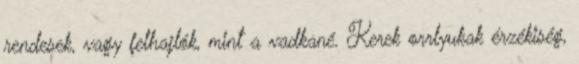
rendesek, vagy felhajlók, mint a vadkané. Kerek orrlyukak érzékiség,